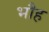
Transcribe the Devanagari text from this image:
भौह